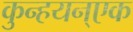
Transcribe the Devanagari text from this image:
कुन्हयन्एक